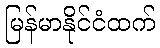
မြန်မာနိုင်ငံထက်